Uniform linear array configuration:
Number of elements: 16
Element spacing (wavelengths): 0.25
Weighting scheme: hann
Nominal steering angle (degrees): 15
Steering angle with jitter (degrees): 13.62
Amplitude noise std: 0.05
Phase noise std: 0.05

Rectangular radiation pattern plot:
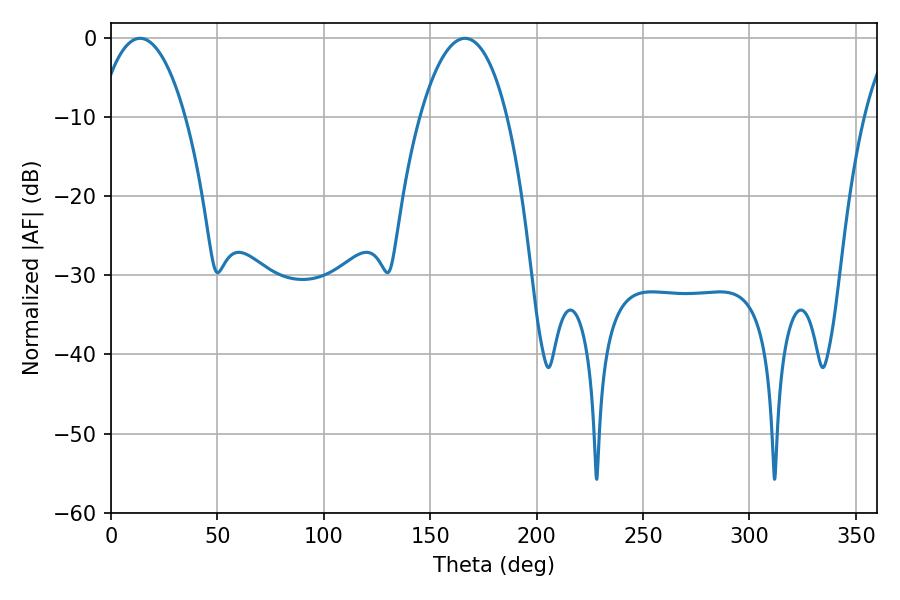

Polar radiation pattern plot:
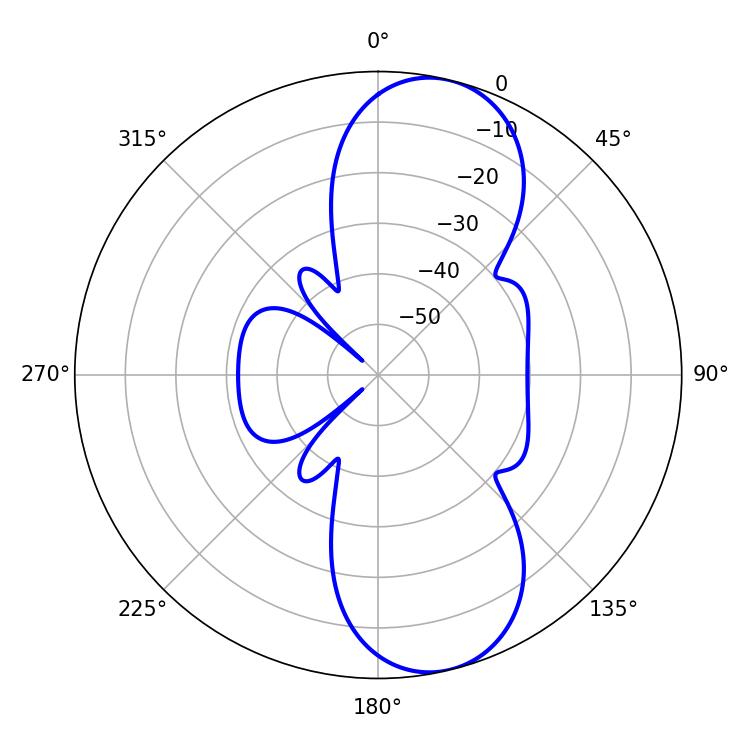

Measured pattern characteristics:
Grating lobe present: FALSE
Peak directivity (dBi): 9.899
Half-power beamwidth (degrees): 22.86
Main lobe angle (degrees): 13.68